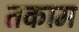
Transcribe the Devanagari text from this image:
तकाम